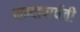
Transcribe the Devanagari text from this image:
नन्दापार्वती